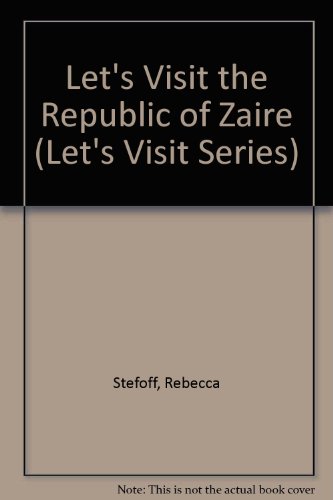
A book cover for Republic of Zaire (Let's Visit Series); Rebecca Stefoff; Travel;